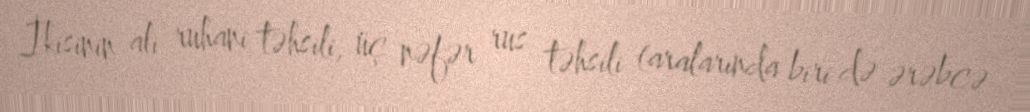
İkisinin ali ruhani təhsili, üç nəfər rus təhsili (aralarında biri də ərəbcə